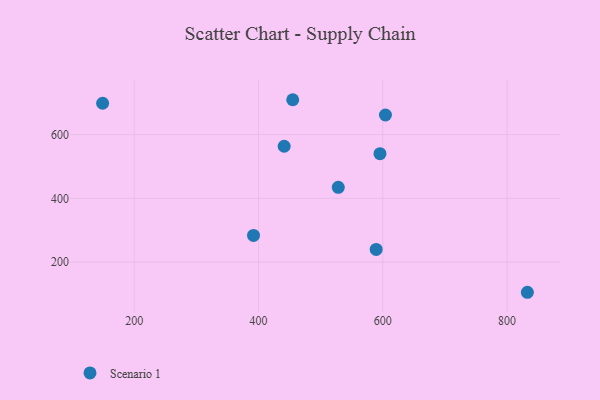
{"axis": {"x": "Speed", "y": "Yield"}, "legend": ["Scenario 1"], "data": [{"x": "832.6", "y": 105.5, "type": "Scenario 1"}, {"x": "149.1", "y": 698.2, "type": "Scenario 1"}, {"x": "528.3", "y": 434.5, "type": "Scenario 1"}, {"x": "595.4", "y": 540.2, "type": "Scenario 1"}, {"x": "441.2", "y": 563.3, "type": "Scenario 1"}, {"x": "604.2", "y": 661.3, "type": "Scenario 1"}, {"x": "589.3", "y": 239.8, "type": "Scenario 1"}, {"x": "455.0", "y": 709.2, "type": "Scenario 1"}, {"x": "391.9", "y": 283.8, "type": "Scenario 1"}]}